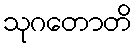
သုဂတောတိ